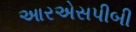
આરએસપીબી